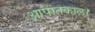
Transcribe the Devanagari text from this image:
आपातकाल।